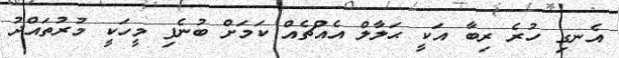
އެނގި ހުރެ ރިބާ އަކީ ޙަލާލް އެއްޗެއް ކަމަށް ބުނެފި މީހަކީ މުރުތައްދު